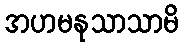
အဟမနုသာသာမိ